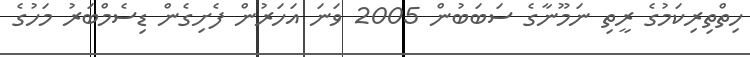
ހިތްތިރިކަމުގެ ރީތި ނަމޫނާގެ ސަބަބުން 2005 ވަނަ އަހަރުން ފެށިގެން ޑިސެމްބަރު މަހުގެ